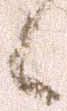
候